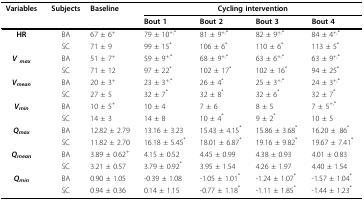
<table><thead><tr><td><b>Variables</b></td><td><b>Subjects</b></td><td><b>Baseline</b></td><td colspan="4"><b>Cycling intervention</b></td></tr><tr><td></td><td></td><td></td><td><b>Bout 1</b></td><td><b>Bout 2</b></td><td><b>Bout 3</b></td><td><b>Bout 4</b></td></tr></thead><tbody><tr><td><b>HR</b></td><td>BA</td><td>67 ± 6<sup>+</sup></td><td>79 ± 10<sup>+,*</sup></td><td>81 ± 9<sup>+,*</sup></td><td>82 ± 9<sup>+,*</sup></td><td>84 ± 4<sup>+,*</sup></td></tr><tr><td></td><td>SC</td><td>71 ± 9</td><td>99 ± 15<sup>*</sup></td><td>106 ± 6<sup>*</sup></td><td>110 ± 6<sup>*</sup></td><td>113 ± 5<sup>*</sup></td></tr><tr><td><b><i>V <sub>max</sub></i></b></td><td>BA</td><td>51 ± 7<sup>+</sup></td><td>59 ± 9<sup>+,*</sup></td><td>68 ± 9<sup>+,*</sup></td><td>63 ± 6<sup>+,*</sup></td><td>63 ± 9<sup>+,*</sup></td></tr><tr><td></td><td>SC</td><td>71 ± 12</td><td>97 ± 22<sup>*</sup></td><td>102 ± 17<sup>*</sup></td><td>102 ± 16<sup>*</sup></td><td>94 ± 25<sup>*</sup></td></tr><tr><td><b><i>V<sub>mean</sub></i></b></td><td>BA</td><td>20 ± 3<sup>+</sup></td><td>23 ± 3<sup>+,*</sup></td><td>26 ± 4<sup>*</sup></td><td>25 ± 3<sup>+,*</sup></td><td>24 ± 3<sup>+,*</sup></td></tr><tr><td></td><td>SC</td><td>27 ± 5</td><td>32 ± 7<sup>*</sup></td><td>32 ± 8<sup>*</sup></td><td>32 ± 6<sup>*</sup></td><td>32 ± 7<sup>*</sup></td></tr><tr><td><b><i>V<sub>min</sub></i></b></td><td>BA</td><td>10 ± 5<sup>+</sup></td><td>10 ± 4</td><td>7 ± 6</td><td>8 ± 5</td><td>7 ± 5<sup>+,*</sup></td></tr><tr><td></td><td>SC</td><td>14 ± 3</td><td>14 ± 8</td><td>10 ± 4<sup>*</sup></td><td>9 ± 2<sup>*</sup></td><td>10 ± 5</td></tr><tr><td><b><i>Q<sub>max</sub></i></b></td><td>BA</td><td>12.82 ± 2.79</td><td>13.16 ± 3.23</td><td>15.43 ± 4.15<sup>*</sup></td><td>15.86 ± 3.68<sup>*</sup></td><td>16.20 ± .86<sup>*</sup></td></tr><tr><td></td><td>SC</td><td>11.82 ± 2.70</td><td>16.18 ± 5.45<sup>*</sup></td><td>18.01 ± 6.87<sup>*</sup></td><td>19.16 ± 9.82<sup>*</sup></td><td>19.67 ± 7.41<sup>*</sup></td></tr><tr><td><b><i>Q<sub>mean</sub></i></b></td><td>BA</td><td>3.89 ± 0.62<sup>+</sup></td><td>4.15 ± 0.52</td><td>4.45 ± 0.99</td><td>4.38 ± 0.93</td><td>4.01 ± 0.83</td></tr><tr><td></td><td>SC</td><td>3.21 ± 0.57 </td><td>3.79 ± 0.92<sup>*</sup></td><td>3.95 ± 1.54</td><td>4.26 ± 1.97</td><td>4.40 ± 1.54</td></tr><tr><td><b><i>Q<sub>min</sub></i></b></td><td>BA</td><td>0.90 ± 1.05</td><td>-0.39 ± 1.08</td><td>-1.05 ± 1.01<sup>*</sup></td><td>-1.24 ± 1.07<sup>*</sup></td><td>-1.57 ± 1.04<sup>*</sup></td></tr><tr><td></td><td>SC</td><td>0.94 ± 0.36</td><td>0.14 ± 1.15</td><td>-0.77 ± 1.18<sup>*</sup></td><td>-1.11 ± 1.85<sup>*</sup></td><td>-1.44 ± 1.23<sup>*</sup></td></tr></tbody></table>